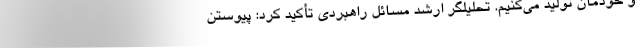
و خودمان تولید می‌کنیم. تحلیلگر ارشد مسائل راهبردی تأکید کرد: پیوستن